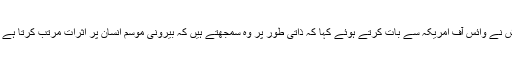
اردو کے معروف شاعر عباس تابش نے وائس آف امریکہ سے بات کرتے ہوئے کہا کہ ذاتی طور پر وہ سمجھتے ہیں کہ بیرونی موسم انسان پر اثرات مرتب کرتا ہے تاہم تخلیق کا کوئی موسم نہیں ہوتا۔